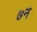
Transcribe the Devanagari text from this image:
७न